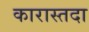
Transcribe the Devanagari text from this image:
कारास्तदा